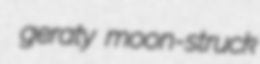
geraty moon-struck